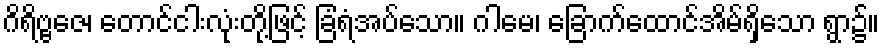
ဂိရိဗ္ဗဇေ၊ တောင်ငါးလုံးတို့ဖြင့် ခြံရံအပ်သော။ ဂါမေ၊ ခြောက်ထောင်အိမ်ရှိသော ရွာ၌။